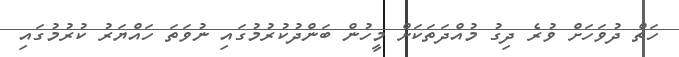
ހަތް ދުވަހަށް ވުރެ ދިގު މުއްދަތަކަށް މީހުން ބަންދުކުރުމުގައި ނުވަތަ ހައްޔަރު ކުރުމުގައި